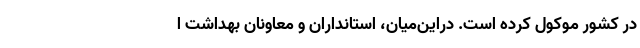
در کشور موکول کرده است. دراین‌میان، استانداران و معاونان بهداشت ا